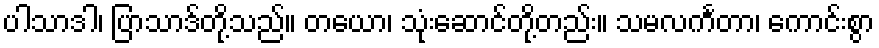
ပါသာဒါ၊ ပြာသာဒ်တို့သည်။ တယော၊ သုံးဆောင်တို့တည်း။ သမလင်္ကတာ၊ ကောင်းစွာ